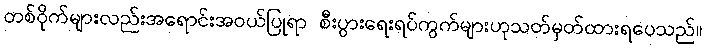
တစ်ဝိုက်များလည်းအရောင်းအဝယ်ပြုရာ စီးပွားရေးရပ်ကွက်များဟုသတ်မှတ်ထားရပေသည်။